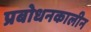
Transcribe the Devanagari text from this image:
प्रबोधनकालीन